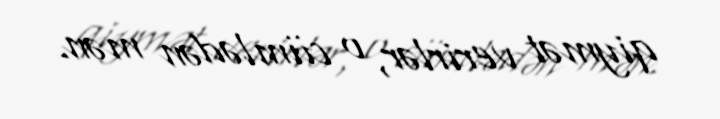
qiymət verirlər, o cümlədən mən.